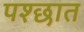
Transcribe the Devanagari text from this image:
पश्छात